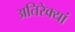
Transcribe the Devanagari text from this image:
अतिरेक्यां